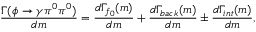
\frac { \Gamma ( \phi \to \gamma \pi ^ { 0 } \pi ^ { 0 } ) } { d m } = \frac { d \Gamma _ { f _ { 0 } } ( m ) } { d m } + \frac { d \Gamma _ { b a c k } ( m ) } { d m } \pm \frac { d \Gamma _ { i n t } ( m ) } { d m } ,